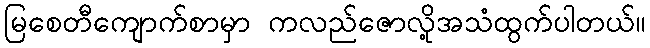
မြစေတီကျောက်စာမှာ ကလည်ဇောလို့အသံထွက်ပါတယ်။